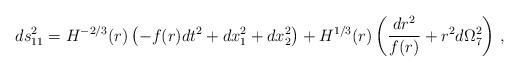
LaTeX: \begin{align*}ds^2_{11} = H^{-2/3}(r) \left( -f(r)dt^2 + dx_1^2 +dx_2^2\right) +H^{1/3}(r)\left( \frac{dr^2}{f(r)}+r^2 d\Omega_{7}^2\right)\,,\end{align*}